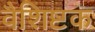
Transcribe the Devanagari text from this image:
वैशिष्टक